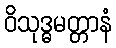
ဝိသုဒ္ဓမတ္တာနံ